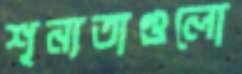
শূন্যতাগুলো